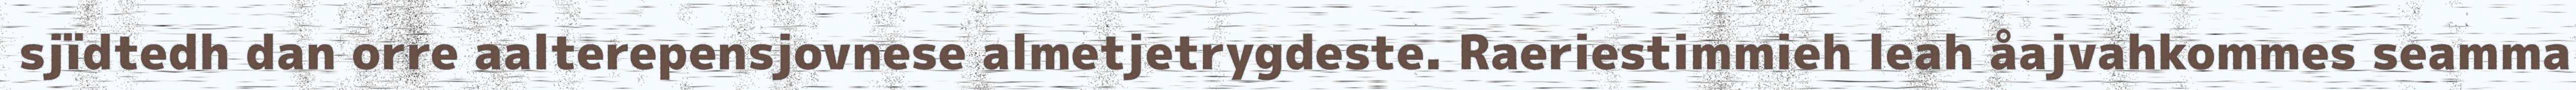
sjïdtedh dan orre aalterepensjovnese almetjetrygdeste. Raeriestimmieh leah åajvahkommes seamma